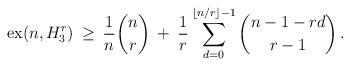
LaTeX: \begin{align*} {\rm ex}(n,H_3^r) & \:\geq\: \frac{1}{n} \binom{n}{r} \: + \: \frac{1}{r} \sum_{d=0}^{\lfloor n/r \rfloor - 1} \binom{n-1-rd}{r-1} \, .\end{align*}